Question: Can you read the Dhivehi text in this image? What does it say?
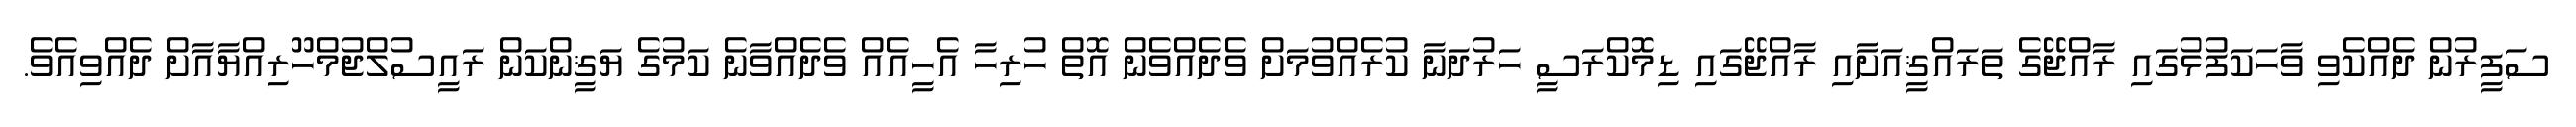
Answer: ސަފީރުން ދެއްކެވި ވާހަކަފުޅުގައި ރާއްޖޭގެ ތަރައްޤީއަށާއި ރާއްޖޭގައި ޑިމޮކްރަސީ ހަރުދަނާ ކުރެއްވުމަށް ވެދެއްވެން އޮތް ހުރިހާ އެހީއެއް ވެދެއްވާނެ ކަމުގެ ޔަޤީންކަން ރައީސުލްޖުމްހޫރިއްޔާއާށް ދެއްވިއެވެ.